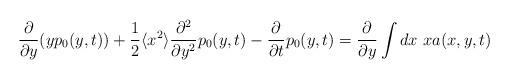
LaTeX: \begin{align*}\frac{\partial}{\partial y}(yp_{0}(y,t))+\frac{1}{2}\langle x^{2}\rangle\frac{\partial^{2}}{\partial y^{2}}p_{0}(y,t)-\frac{\partial}{\partial t}p_{0}(y,t)=\frac{\partial}{\partial y}\int dx \ xa(x,y,t)\end{align*}